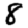
Digit: 8